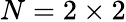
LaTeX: N=2\times 2